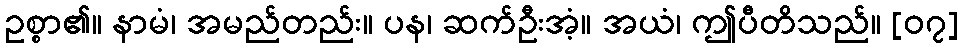
ဥစ္စာ၏။ နာမံ၊ အမည်တည်း။ ပန၊ ဆက်ဦးအံ့။ အယံ၊ ဤပီတိသည်။ [၀၇]